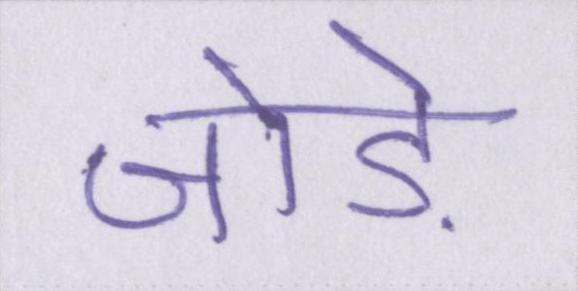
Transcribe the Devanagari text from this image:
जोड़े